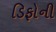
ડિફોની